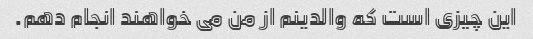
این چیزی است که والدینم از من می خواهند انجام دهم.